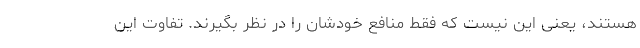
هستند، یعنی این نیست که فقط منافع خودشان را در نظر بگیرند. تفاوت این